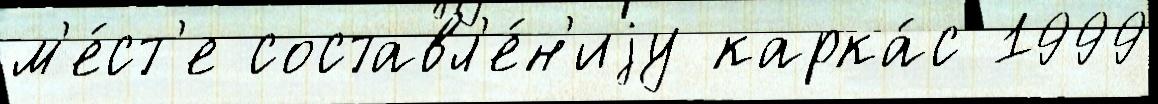
м'е́ст'е составл'е́н'иjу карка́с 1999